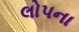
લોપના